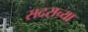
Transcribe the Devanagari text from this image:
सदराच्या